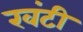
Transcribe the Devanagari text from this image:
खंटी